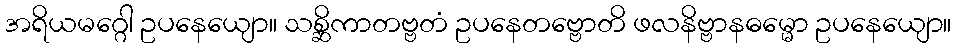
အရိယမဂ္ဂေါ ဥပနေယျော။ သစ္ဆိကာတဗ္ဗတံ ဥပနေတဗ္ဗောတိ ဖလနိဗ္ဗာနဓမ္မော ဥပနေယျော။